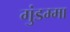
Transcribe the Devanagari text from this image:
गुंडम्मा